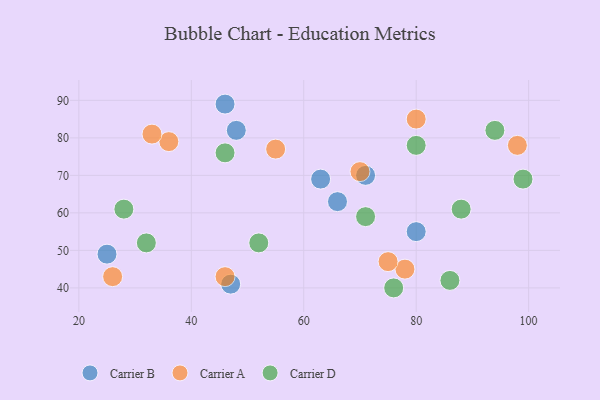
{"axis": {"x": "GDP", "y": "Life Expectancy"}, "legend": ["Carrier A", "Carrier B", "Carrier D"], "data": [{"x": "71", "y": 70, "type": "Carrier B"}, {"x": "80", "y": 55, "type": "Carrier B"}, {"x": "25", "y": 49, "type": "Carrier B"}, {"x": "63", "y": 69, "type": "Carrier B"}, {"x": "66", "y": 63, "type": "Carrier B"}, {"x": "48", "y": 82, "type": "Carrier B"}, {"x": "47", "y": 41, "type": "Carrier B"}, {"x": "46", "y": 89, "type": "Carrier B"}, {"x": "78", "y": 45, "type": "Carrier A"}, {"x": "55", "y": 77, "type": "Carrier A"}, {"x": "80", "y": 85, "type": "Carrier A"}, {"x": "98", "y": 78, "type": "Carrier A"}, {"x": "75", "y": 47, "type": "Carrier A"}, {"x": "46", "y": 43, "type": "Carrier A"}, {"x": "26", "y": 43, "type": "Carrier A"}, {"x": "70", "y": 71, "type": "Carrier A"}, {"x": "36", "y": 79, "type": "Carrier A"}, {"x": "33", "y": 81, "type": "Carrier A"}, {"x": "80", "y": 78, "type": "Carrier D"}, {"x": "32", "y": 52, "type": "Carrier D"}, {"x": "86", "y": 42, "type": "Carrier D"}, {"x": "71", "y": 59, "type": "Carrier D"}, {"x": "94", "y": 82, "type": "Carrier D"}, {"x": "99", "y": 69, "type": "Carrier D"}, {"x": "28", "y": 61, "type": "Carrier D"}, {"x": "52", "y": 52, "type": "Carrier D"}, {"x": "88", "y": 61, "type": "Carrier D"}, {"x": "76", "y": 40, "type": "Carrier D"}, {"x": "46", "y": 76, "type": "Carrier D"}]}